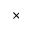
\times